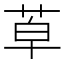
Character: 𦯑